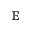
\mathbb { E }